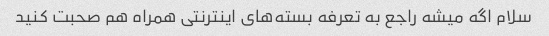
سلام اگه میشه راجع به تعرفه بسته‌های اینترنتی همراه هم صحبت کنید